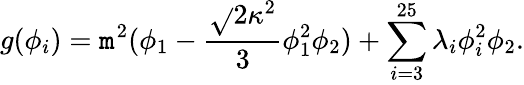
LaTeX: g(\phi_{i})=\mathtt{m}^{2}(\phi_{1}-\frac{{{\sqrt{}{{2}}}\kappa^{2}}}{{3}}\phi_{1}^{2}\phi_{2})+\sum_{i=3}^{25}\lambda_{i}\phi_{i}^{2}\phi_{2}.